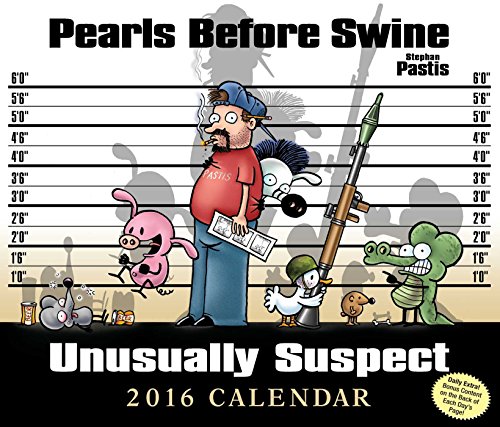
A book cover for Pearls Before Swine 2016 Day-to-Day Calendar; Stephan Pastis; Calendars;